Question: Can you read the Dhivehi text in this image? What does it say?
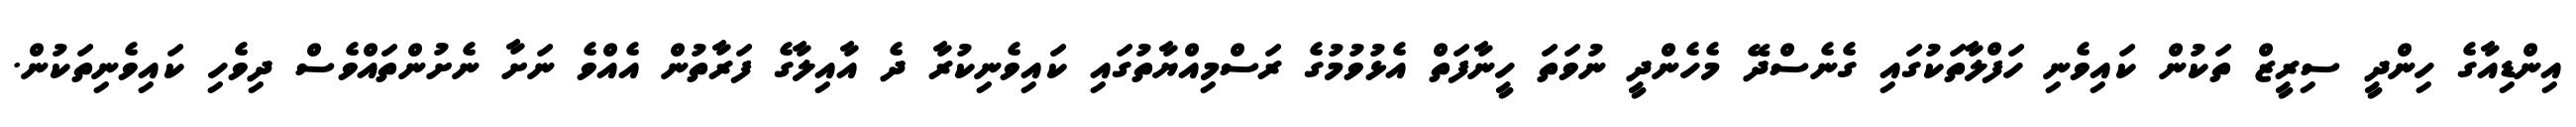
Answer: އިންޑިއާގެ ހިންދީ ސިރީޒް ތަކުން ކައިވެނި ހަފްލާތަކުގައި ގެނެސްދޭ މެހެންދީ ނުވަތަ ހީނާފަތް އެޅުވުމުގެ ރަސްމިއްޔާތުގައި ކައިވެނިކުރާ ދެ އާއިލާގެ ފަރާތުން އެއްވެ ނަށާ ނެށުންތައްވެސް ދިވެހި ކައިވެނިތަކުން.